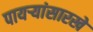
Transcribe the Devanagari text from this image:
पायऱ्यांसारखे